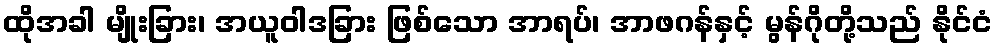
ထိုအခါ မျိုးခြား၊ အယူဝါဒခြား ဖြစ်သော အာရပ်၊ အာဖဂန်နှင့် မွန်ဂိုတို့သည် နိုင်ငံ